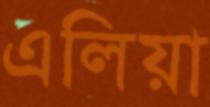
এলিয়া